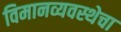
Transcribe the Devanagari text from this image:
विमानव्यवस्थेचा